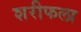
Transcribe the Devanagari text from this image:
शरीफला